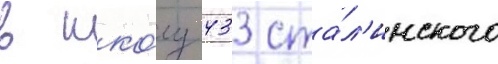
в шко́лу 433 ста́л'инского